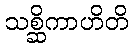
သစ္ဆိကာဟိတိ